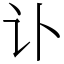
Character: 讣